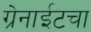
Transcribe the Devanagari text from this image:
ग्रेनाईटचा